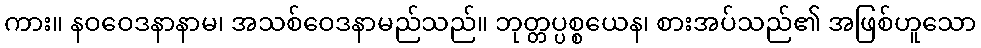
ကား။ နဝဝေဒနာနာမ၊ အသစ်ဝေဒနာမည်သည်။ ဘုတ္တပ္ပစ္စယေန၊ စားအပ်သည်၏ အဖြစ်ဟူသော